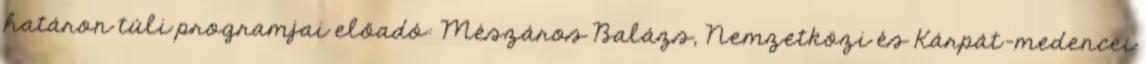
határon túli programjai előadó: Mészáros Balázs, Nemzetközi és Kárpát-medencei